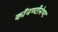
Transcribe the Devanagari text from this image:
काॅनण्टीनेण्ट